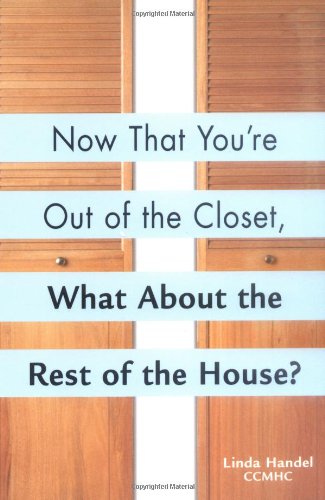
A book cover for Now That You're Out of the Closet, What About the Rest of the House?; Linda Handel; Gay & Lesbian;